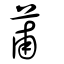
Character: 莆